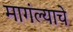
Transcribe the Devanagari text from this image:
मागंल्याचे